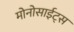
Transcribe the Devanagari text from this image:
मोनोसाईट्स